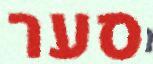
סער